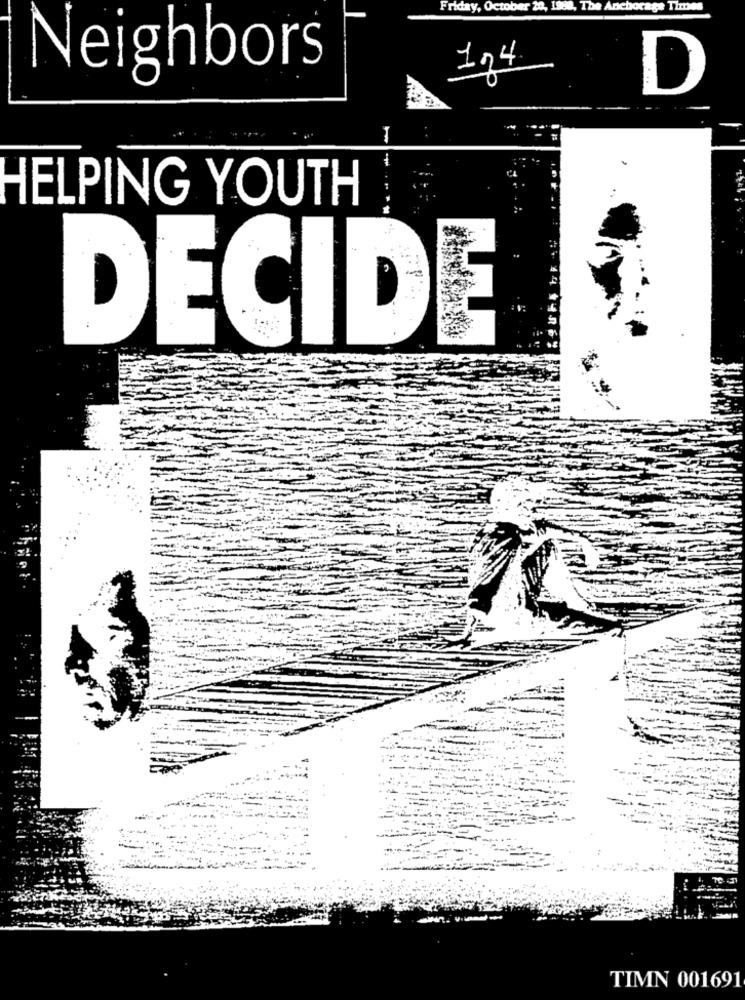
Friday, O
ber 20, 19
4, The Anc
124
Neighbors
D
HELPING YOUTH
DECIDE
TIMN 001691